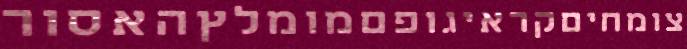
צומחיםקראיגופםמומלץהאסור